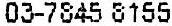
03-7845 8155